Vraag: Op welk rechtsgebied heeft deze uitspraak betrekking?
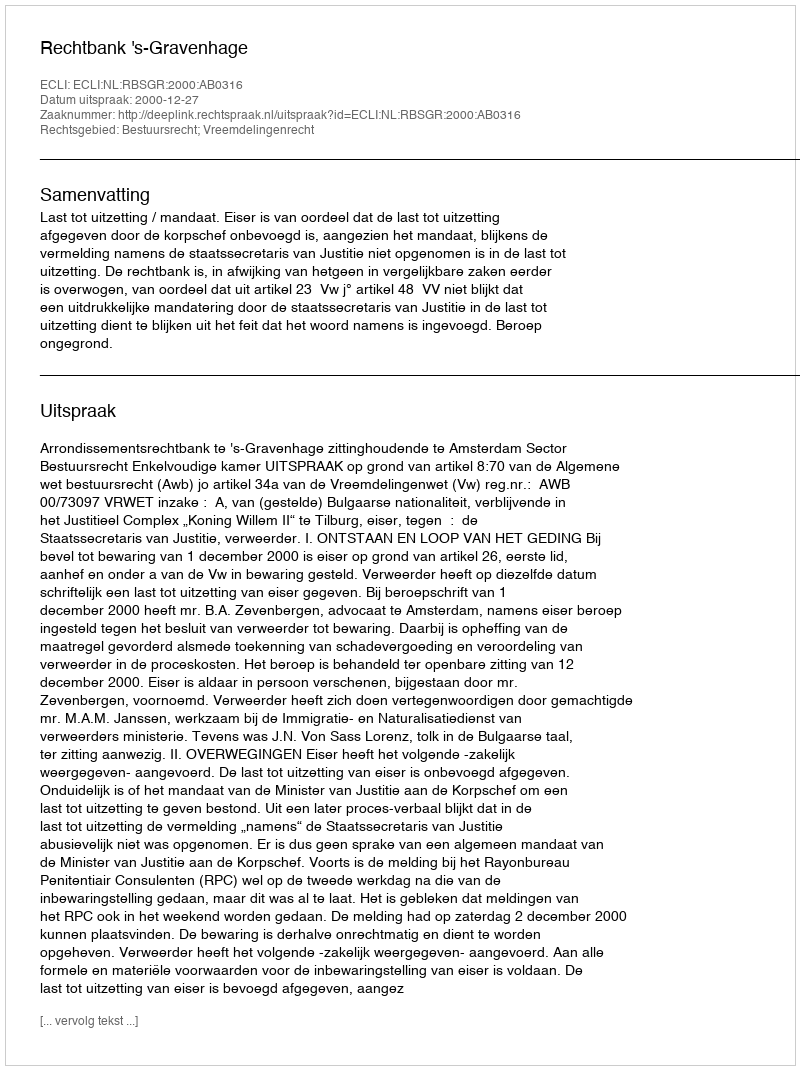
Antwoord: Bestuursrecht; Vreemdelingenrecht